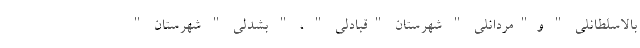
بالاسلطانلی " و"مردانلی " شهرستان "قبادلی " ، " بشدلی " شهرستان "